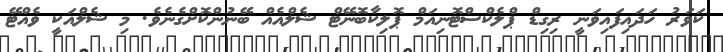
ކަވަރު ހަދައިފައިވަނީ ރިގިޑް ޕްލެކްސްޓޮނިއަމް ޕޮލިކާބޮނޭޓް ޝެލްއެއް ބޭނުންކޮށްގެނެވެ. މި ޝެލްއަކީ ވެއްޓޭ